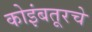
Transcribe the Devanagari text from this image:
कोइंबतूरचे